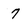
Character: 7